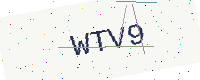
Text: WTV9